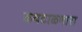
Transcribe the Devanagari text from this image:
कवटाळणारा